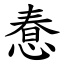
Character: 惷